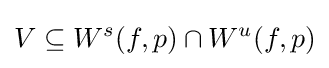
V\subseteq W^{s}(f,p)\cap W^{u}(f,p)